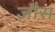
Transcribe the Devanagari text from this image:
जौस